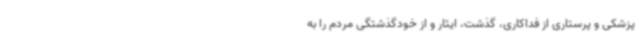
پزشکی و پرستاری از فداکاری، گذشت، ایثار و از خودگذشتگی مردم را به